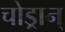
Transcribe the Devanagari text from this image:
चोड्रान्‌